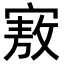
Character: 𪧜